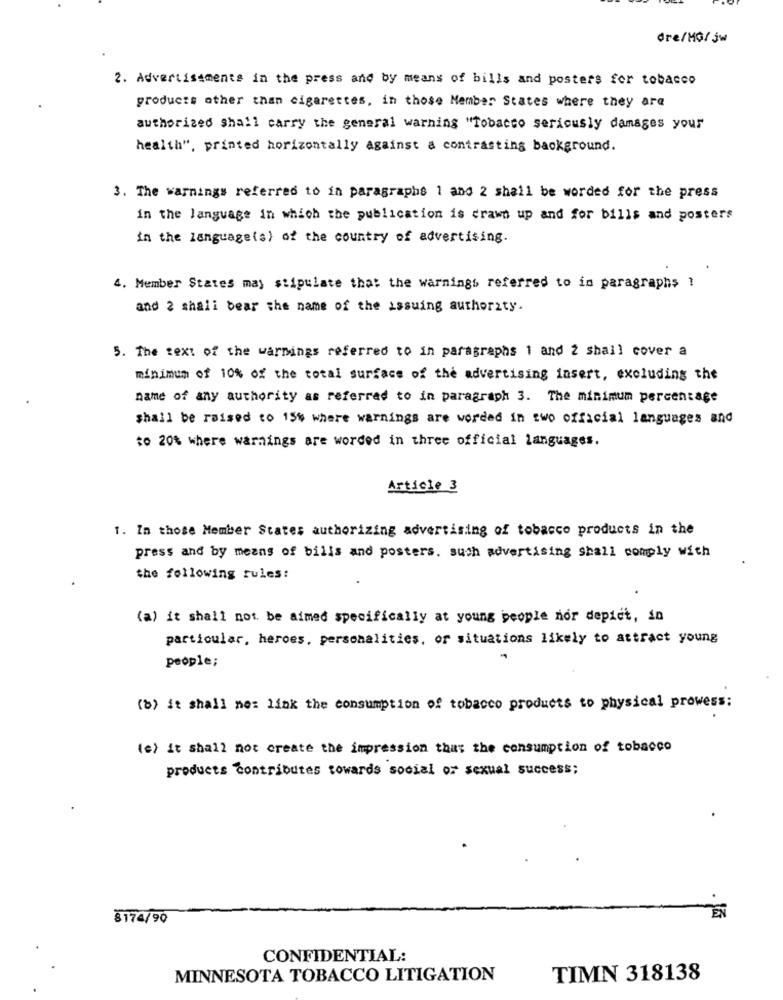
dre/MG/ jw
2. Advertisements in the press and by means of bills and posters for tobacco
products other than cigarettes, in those Member States where they are
authorized shall carry the general warning "Tobacco seriously damages your
health", printed horizontally against a contrasting background.
3. The warnings referred to in paragraphs 1 and 2 shall be worded for the press
in the language in which the publication is drawn up and for bills and posters
in the language(s) of the country of advertising
4. Member States may stipulate that the warnings referred to in paragraphs 1
and 2 shali bear the name of the issuing authority.
5. The text of the warnings referred to in paragraphs 1 and 2 shall cover a
minimum of 10% of the total surface of the advertising insert, excluding the
name of any authority as referred to in paragraph 3. The minimum percentage
shall be raised to 15% where warnings are worded in two official languages and
to 20% where warnings are worded in three official languages.
Article 3
1. In those Member States authorizing advertising of tobacco products in the
press and by means of bills and posters. such advertising shall comply with
the following rules:
(a) it shall not be aimed specifically at young people nor depict, in
particular, heroes, personalities, or situations likely to attract young
people;
(b) it shall ne: link the consumption of tobacco products to physical prowess:
(e) it shall not create the impression that the consumption of tobacco
products contributes towards social or sexual success;
8174/90
CONFIDENTIAL:
MINNESOTA TOBACCO LITIGATION
TIMN 318138